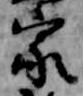
家